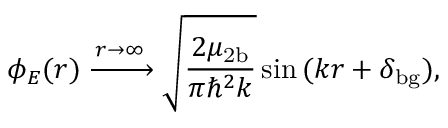
\phi _ { E } ( r ) \xrightarrow { r \to \infty } \sqrt { \frac { 2 \mu _ { \mathrm { 2 b } } } { \pi \hbar ^ { 2 } k } } \sin { ( k r + \delta _ { \mathrm { b g } } ) } ,